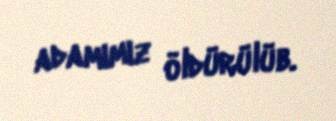
adamımız öldürülüb.